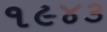
૧૯૪૩